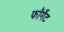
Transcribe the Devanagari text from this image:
फॉर्गेट